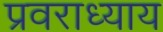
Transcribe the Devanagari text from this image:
प्रवराध्याय